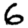
Digit: 6